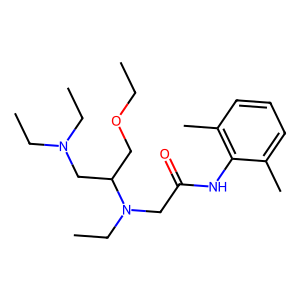
SMILES: CCOCC(CN(CC)CC)N(CC)CC(=O)Nc1c(C)cccc1C
Inhibits HIV replication: No